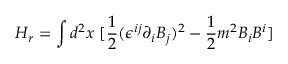
H _ { r } = \int d ^ { 2 } x ~ [ \frac { 1 } { 2 } ( \epsilon ^ { i j } \partial _ { i } B _ { j } ) ^ { 2 } - \frac { 1 } { 2 } m ^ { 2 } B _ { i } B ^ { i } ]